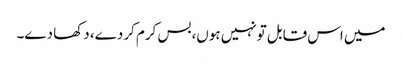
میں اس قابل تونہیں ہوں،بس کرم کردے، دکھا دے۔